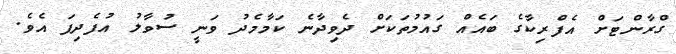
ގްރާންޓަށް އެފްރިކާގެ ބައެއް ގައުމުތަކަށް ދެވިދާނެ ކަމާމެދު ވަނީ ސުވާލު އުފެދިފަ އެވެ.